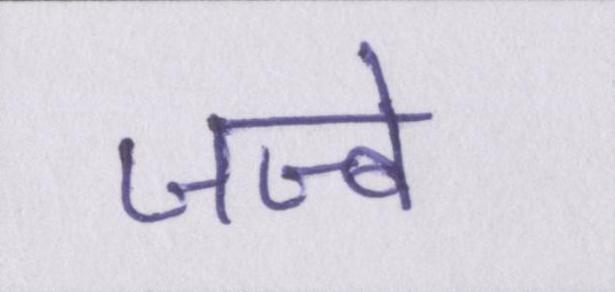
जज्बे